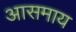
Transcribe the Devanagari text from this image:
आसमाय